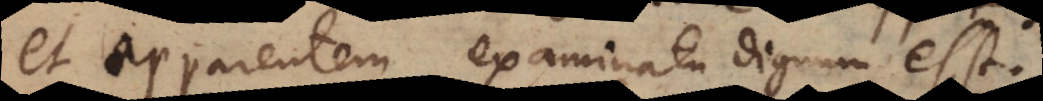
et apparentem examinatu dignum est.